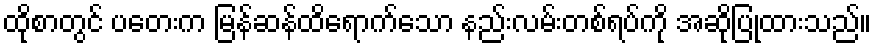
ထိုစာတွင် ပတေးက မြန်ဆန်ထိရောက်သော နည်းလမ်းတစ်ရပ်ကို အဆိုပြုထားသည်။